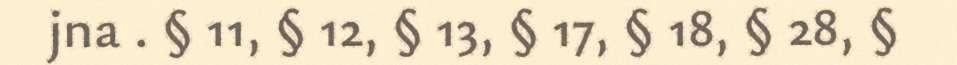
jna . § 11, § 12, § 13, § 17, § 18, § 28, §